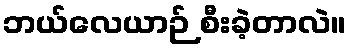
ဘယ်လေယာဉ် စီးခဲ့တာလဲ။